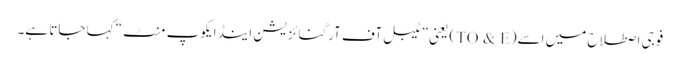
فوجی اصطلاح میں اسے(TO & E) یعنی ”ٹیبل آف آرگنائزیشن اینڈ ایکوپ منٹ“ کہا جاتا ہے۔